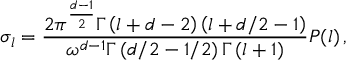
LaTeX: \sigma _ { l } = \frac { 2 \pi ^ { \frac { d - 1 } { 2 } } \Gamma \left( l + d - 2 \right) \left( l + d / 2 - 1 \right) } { \omega ^ { d - 1 } \Gamma \left( d / 2 - 1 / 2 \right) \Gamma \left( l + 1 \right) } P ( l ) \, ,